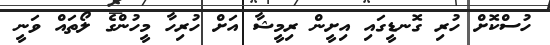
ހުސްކޮށް ހުރި ގޮނޑީގައި އިށީން ރިމީޝާ އަށް ހުރިހާ މީހުންގެ ލޯތައް ވަނީ